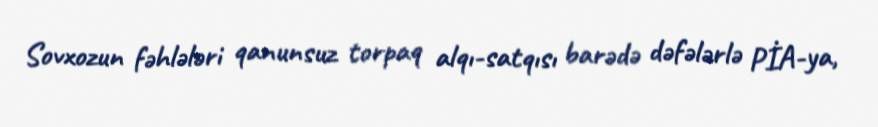
Sovxozun fəhlələri qanunsuz torpaq alqı-satqısı barədə dəfələrlə PİA-ya,